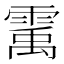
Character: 䨞